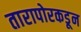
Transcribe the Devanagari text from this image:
तारापोरकडून